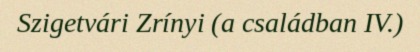
Szigetvári Zrínyi (a családban IV.)